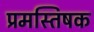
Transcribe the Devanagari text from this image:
प्रमस्तिषक